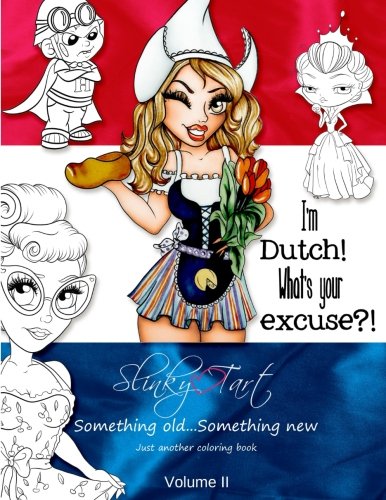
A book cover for Slinky Tart: Something Old...Something New (Volume 2); Tamara van Wijk; Crafts, Hobbies & Home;